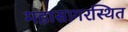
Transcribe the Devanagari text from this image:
महासागरस्थित